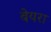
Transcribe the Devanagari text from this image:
बेयरा